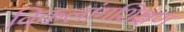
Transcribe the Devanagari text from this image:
विकलांगशिक्षण